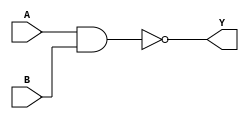
// Code your design here
// Code your design here
module nandg(output Y,input A, B); 
  nand(Y,A,B);
endmodule